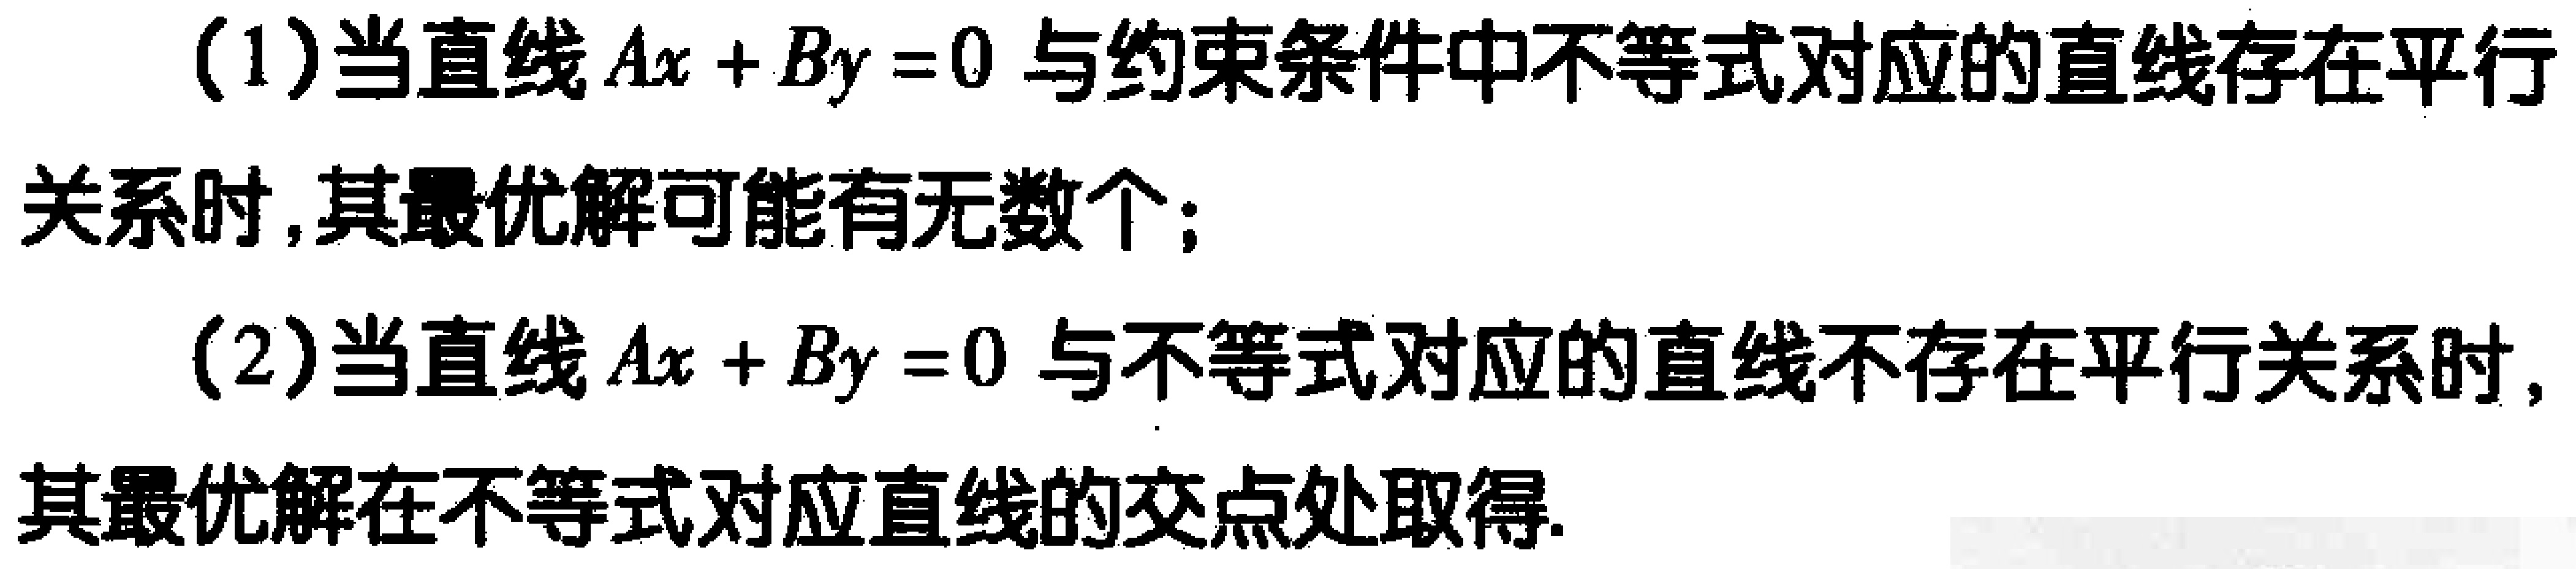
(1)当直线\(Ax + By = 0\)与约束条件中不等式对应的直线存在平行关系时,其最优解可能有无数个；

(2)当直线\(Ax + By = 0\)与不等式对应的直线不存在平行关系时,其最优解在不等式对应直线的交点处取得.